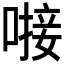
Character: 𪡸